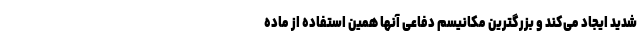
شدید ایجاد می‌کند و بزرگترین مکانیسم دفاعی آنها همین استفاده از ماده